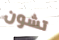
تشون